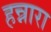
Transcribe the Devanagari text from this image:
हन्नारा